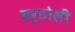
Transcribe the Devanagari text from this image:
बर्टोली